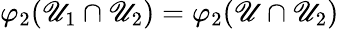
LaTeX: \varphi_{2}(\mathscr{U}_{1}\cap\mathscr{U}_{2})=\varphi_{2}(\mathscr{U}\cap\mathscr{U}_{2})